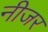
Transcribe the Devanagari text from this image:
नीजर